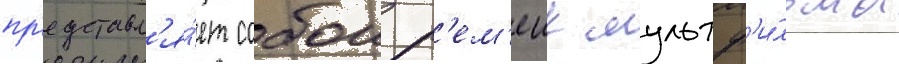
пр'едставл'я́ет собои р'ем'еик мультф'и́льма